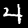
Label: 4